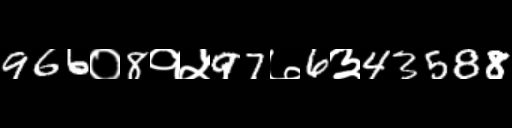
Text: 966०8१५97७6३43588